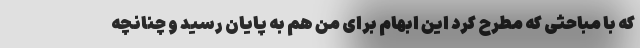
که با مباحثی که مطرح کرد این ابهام برای من هم به پایان رسید و چنانچه